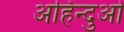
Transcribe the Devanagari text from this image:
अहिन्दुओं